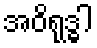
အဝိရုဒ္ဓါ